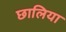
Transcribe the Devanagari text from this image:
छालिया